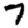
Digit: 7